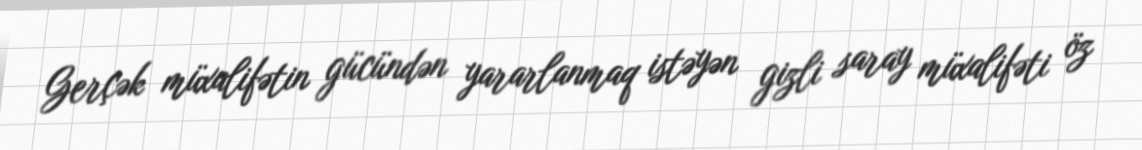
Gerçək müxalifətin gücündən yararlanmaq istəyən gizli saray müxalifəti öz